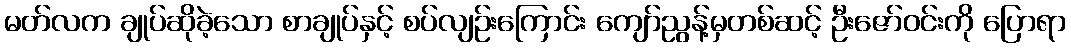
မတ်လက ချုပ်ဆိုခဲ့သော စာချုပ်နှင့် စပ်လျဉ်းကြောင်း ကျော်ညွန့်မှတစ်ဆင့် ဦးဇော်ဝင်းကို ပြောရာ